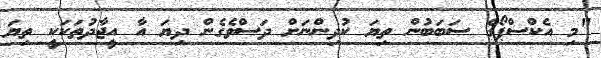
"މި އެކްސްޕޯގެ ސަބަބުން ތިޔަ ކުދިންނަށް ދަސްވެގެން ދިޔަ އާ އީޖާދުތަކަކީ ތިޔަ